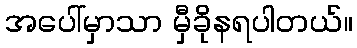
အပေါ်မှာသာ မှီခိုနရပါတယ်။